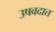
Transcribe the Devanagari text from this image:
उषवदात्त